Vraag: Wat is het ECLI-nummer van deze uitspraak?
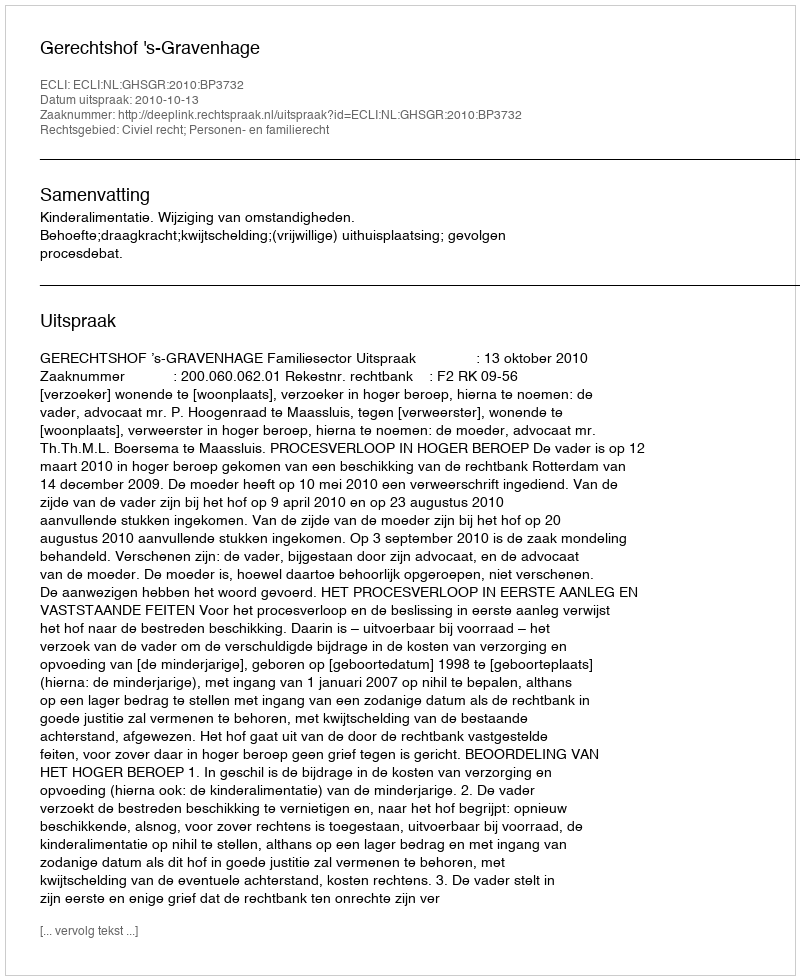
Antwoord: ECLI:NL:GHSGR:2010:BP3732